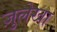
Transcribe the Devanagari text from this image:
ज़ुलेखा